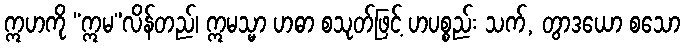
ဣဟကို “ဣမ”လိန်တည်၊ ဣမသ္မာ ဟဓာ စသုတ်ဖြင့် ဟပစ္စည်း သက်, တွာဒယော စသော